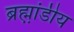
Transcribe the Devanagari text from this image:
ब्रह्म़ा़ंडीय